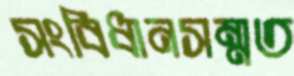
সংবিধানসম্মত